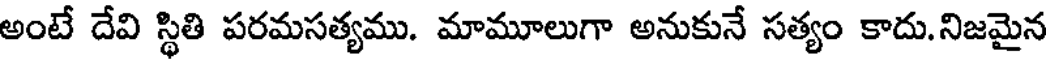
అంటే దేవి స్థితి పరమసత్యము. మామూలుగా అనుకునే సత్యం కాదు.నిజమైన